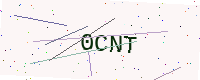
Text: 0CNT